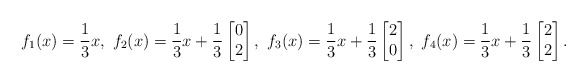
\begin{align*} f_{1}(x) = \frac{1}{3}x, \ f_{2}(x) = \frac{1}{3}x + \dfrac{1}{3} \begin{bmatrix} 0 \\ 2 \end{bmatrix},\ f_{3}(x) = \frac{1}{3}x + \dfrac{1}{3} \begin{bmatrix} 2 \\ 0 \end{bmatrix},\ f_{4}(x) = \frac{1}{3}x + \dfrac{1}{3} \begin{bmatrix} 2 \\ 2 \end{bmatrix}. \end{align*}